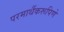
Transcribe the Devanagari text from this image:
परमार्थैकरूपिणे